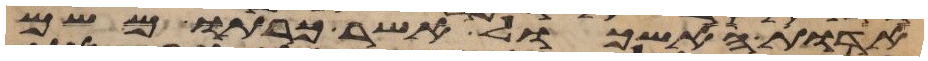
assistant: אדות האשכול אשר כרתו משם